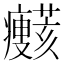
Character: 𤼞